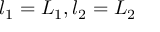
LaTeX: l _ { 1 } = L _ { 1 } , l _ { 2 } = L _ { 2 }